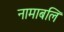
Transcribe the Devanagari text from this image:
नामाबलि